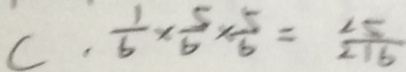
C \cdot \frac { 1 } { 6 } \times \frac { 5 } { 6 } \times \frac { 5 } { 6 } = \frac { 2 5 } { 2 1 6 }